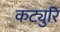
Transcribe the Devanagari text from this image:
कट्युरि